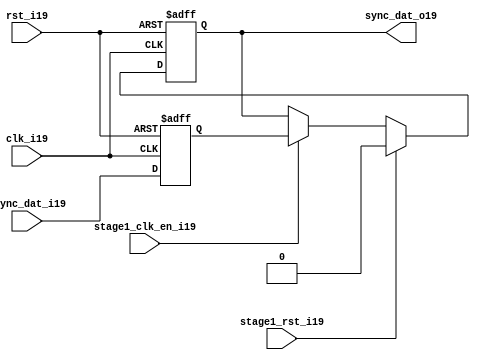
module uart_sync_flops19
(
  // internal signals19
  rst_i19,
  clk_i19,
  stage1_rst_i19,
  stage1_clk_en_i19,
  async_dat_i19,
  sync_dat_o19
);

parameter Tp19            = 1;
parameter width         = 1;
parameter init_value19    = 1'b0;

input                           rst_i19;                  // reset input
input                           clk_i19;                  // clock19 input
input                           stage1_rst_i19;           // synchronous19 reset for stage19 1 FF19
input                           stage1_clk_en_i19;        // synchronous19 clock19 enable for stage19 1 FF19
input   [width-1:0]             async_dat_i19;            // asynchronous19 data input
output  [width-1:0]             sync_dat_o19;             // synchronous19 data output


//
// Interal19 signal19 declarations19
//

reg     [width-1:0]             sync_dat_o19;
reg     [width-1:0]             flop_019;


// first stage19
always @ (posedge clk_i19 or posedge rst_i19)
begin
    if (rst_i19)
        flop_019 <= #Tp19 {width{init_value19}};
    else
        flop_019 <= #Tp19 async_dat_i19;    
end

// second stage19
always @ (posedge clk_i19 or posedge rst_i19)
begin
    if (rst_i19)
        sync_dat_o19 <= #Tp19 {width{init_value19}};
    else if (stage1_rst_i19)
        sync_dat_o19 <= #Tp19 {width{init_value19}};
    else if (stage1_clk_en_i19)
        sync_dat_o19 <= #Tp19 flop_019;       
end

endmodule